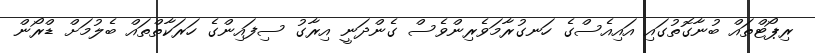
ރިޕޯޓްތައް ބުނާގޮތުގައި އައިއެސްގެ ހަނގުރާމަވެރިންވެސް ގެންދަނީ އިރާގު ސިފައިންގެ ހަރަކާތްތައް ބެލުމަށް ޑްރޯން